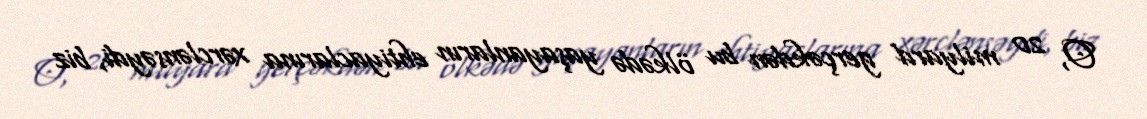
O, 20 milyard gerçəkdən bu ölkədə yaşayanların ehtiyaclarına xərclənsəydi, biz